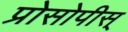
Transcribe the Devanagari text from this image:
प्रोसोपीस्